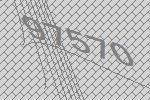
97570